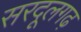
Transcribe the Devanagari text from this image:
सरदूलगढ़